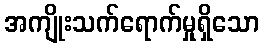
အကျိုးသက်ရောက်မှုရှိသော